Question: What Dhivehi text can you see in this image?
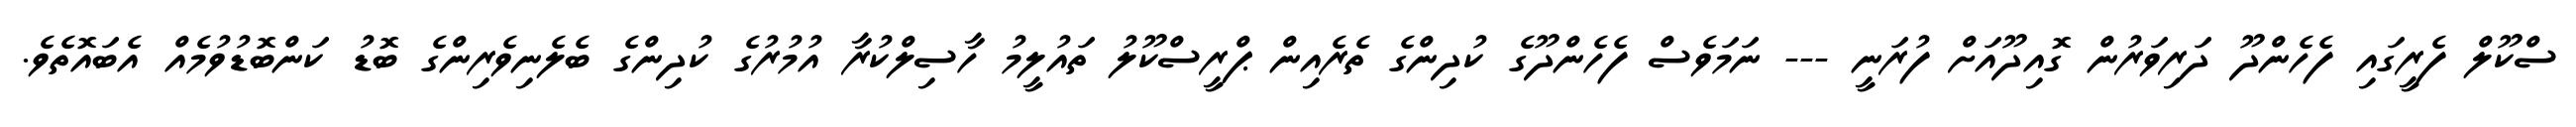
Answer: ސްކޫލް ފެރީގައި ފެހެންދޫ ދަރިވަރުން ގޮއިދޫއަށް ފުރަނީ --- ނަމަވެސް ފެހެންދޫގެ ކުދިންގެ ތެރެއިން ޕްރީސްކޫލު ތައުލީމު ހާސިލްކުރާ އުމުރުގެ ކުދިންގެ ބެލެނިވެރިންގެ ބޮޑު ކަންބޮޑުވުމެއް އެބައޮތެވެ.